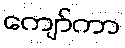
ကျော်ကာ